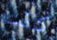
كانت